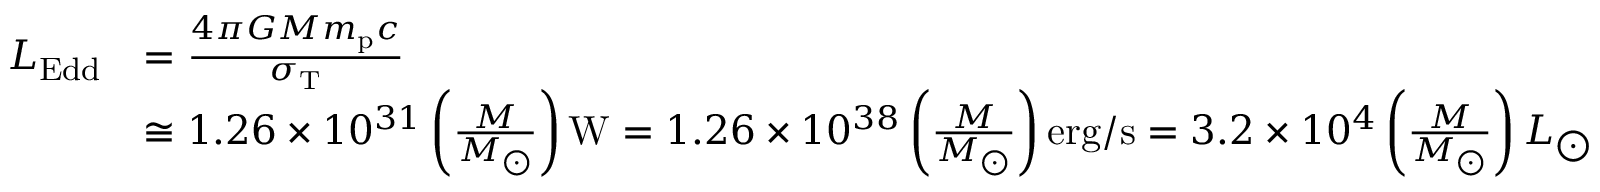
{ \begin{array} { r l } { L _ { \mathrm { { E d d } } } } & { = { \frac { 4 \pi G M m _ { \mathrm { { p } } } c } { \sigma _ { \mathrm { { T } } } } } } \\ & { \cong 1 . 2 6 \times 1 0 ^ { 3 1 } \left( { \frac { M } { M _ { \bigodot } } } \right) \mathrm { { W } } = 1 . 2 6 \times 1 0 ^ { 3 8 } \left( { \frac { M } { M _ { \bigodot } } } \right) \mathrm { { e r g / s } } = 3 . 2 \times 1 0 ^ { 4 } \left( { \frac { M } { M _ { \bigodot } } } \right) L _ { \bigodot } } \end{array} }